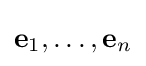
\mathbf {e} _{1},\dots ,\mathbf {e} _{n}